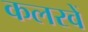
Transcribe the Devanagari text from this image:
कलरवें